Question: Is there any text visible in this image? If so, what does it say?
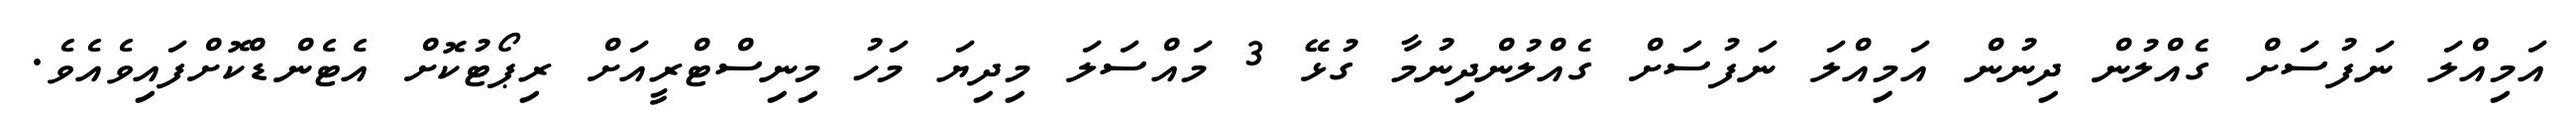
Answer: އަމިއްލަ ނަފުސަށް ގެއްލުން ދިނުން އަމިއްލަ ނަފުސަށް ގެއްލުންދިނުމާ ގުޅޭ 3 މައްސަލަ މިދިޔަ މަހު މިނިސްޓްރީއަށް ރިޕޯޓުކޮށް އެޓެންޑްކޮށްފައިވެއެވެ.